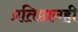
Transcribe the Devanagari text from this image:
प्रतिष्ठानही